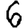
Digit: 6